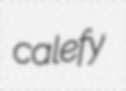
calefy